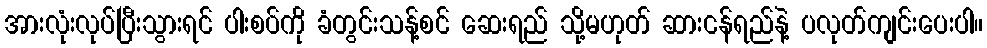
အားလုံးလုပ်ပြီးသွားရင် ပါးစပ်ကို ခံတွင်းသန့်စင် ဆေးရည် သို့မဟုတ် ဆားငန်ရည်နဲ့ ပလုတ်ကျင်းပေးပါ။